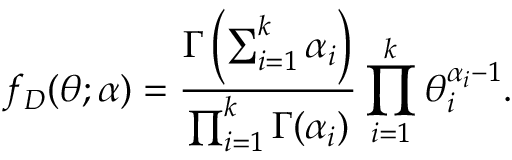
f _ { D } ( \boldsymbol { \theta } ; \boldsymbol { \alpha } ) = \frac { \Gamma \left( \sum _ { i = 1 } ^ { k } \alpha _ { i } \right) } { \prod _ { i = 1 } ^ { k } \Gamma ( \alpha _ { i } ) } \prod _ { i = 1 } ^ { k } \theta _ { i } ^ { \alpha _ { i } - 1 } .